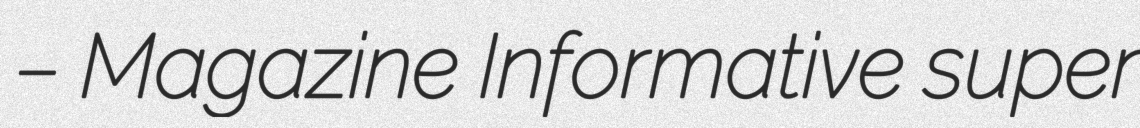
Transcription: – Magazine Informative super